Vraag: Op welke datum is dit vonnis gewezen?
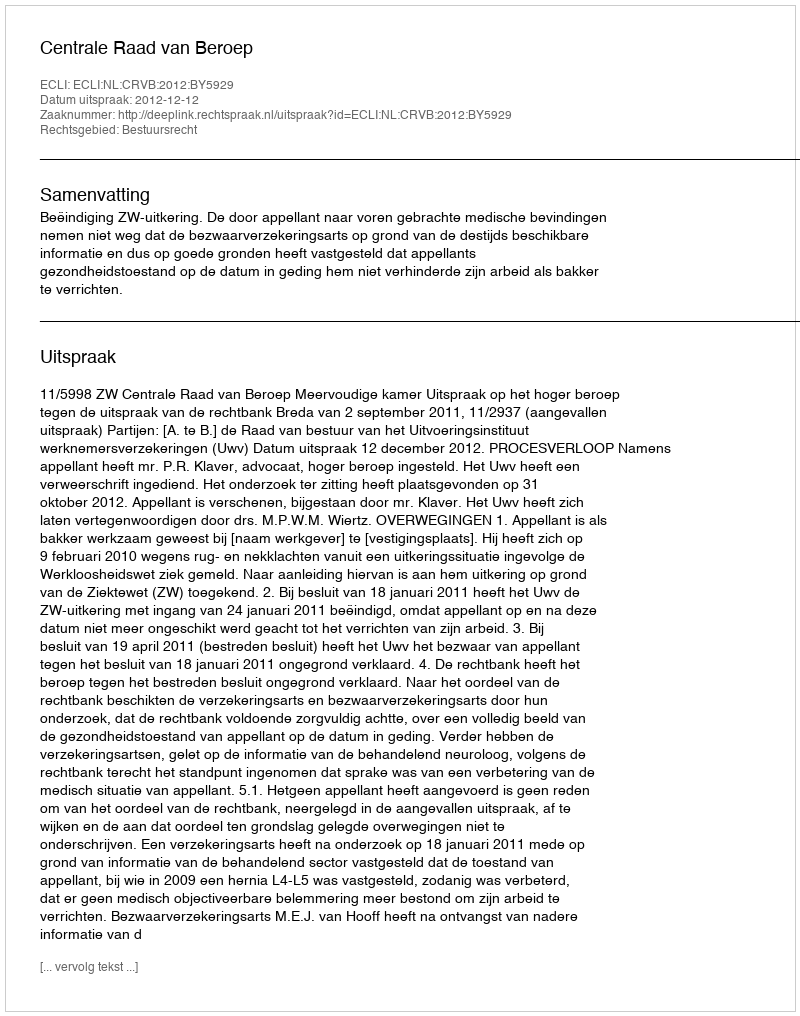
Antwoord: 2012-12-12